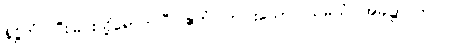
နိဋ္ဌိတံ၊ ပြီးခြင်းသို့ရောက်ပြီ။ ဧကံ၊ တပါးသော။ သမယံ၊ အခါ၌။ ဘဂဝါ၊